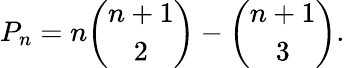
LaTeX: P_{n}=n{\binom{n+1}{2}}-{\binom{n+1}{3}}.